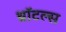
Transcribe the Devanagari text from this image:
थ्रॉटल्स